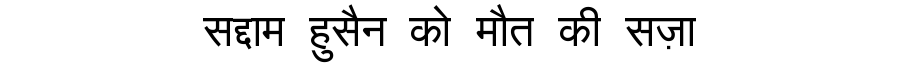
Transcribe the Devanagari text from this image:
सद्दाम हुसैन को मौत की सज़ा